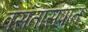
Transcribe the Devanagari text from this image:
वसंतासंपात